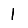
Digit: 1